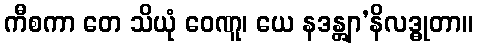
ကီစကာ တေ သိယုံ ဝေဏူ၊ ယေ နဒန္တျာ’နိလဒ္ဓုတာ။